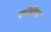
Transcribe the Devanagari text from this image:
एपीडिया